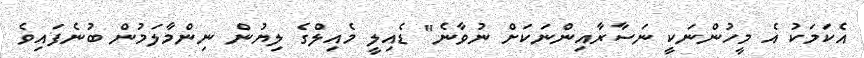
އެކަމަކު އެ މީހުންނަކީ ނަސާރާއިންނަކަށް ނުވާނެ" ޑެއިލީ މެއިލްގެ ލިޔުން ނިންމާލަމުން ބުނެފައިވެ